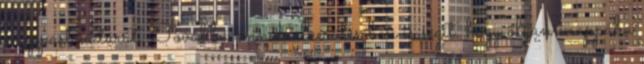
mappastruktúrát. Továbbá annak elkerülésében is segít, hogy olyan mappába